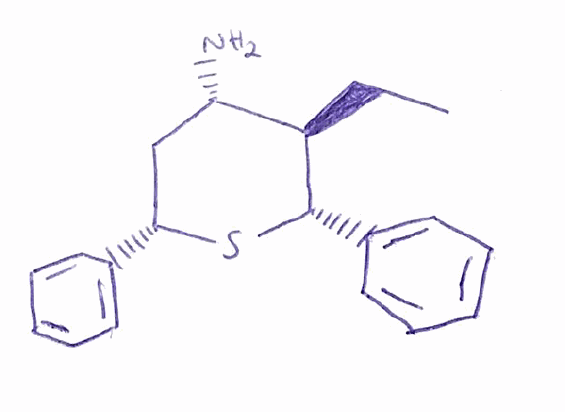
Simplified molecular-input line-entry system (SMILES) notation of the given molecule:
CC[C@@H]1[C@H](C[C@H](S[C@H]1C2=CC=CC=C2)C3=CC=CC=C3)N